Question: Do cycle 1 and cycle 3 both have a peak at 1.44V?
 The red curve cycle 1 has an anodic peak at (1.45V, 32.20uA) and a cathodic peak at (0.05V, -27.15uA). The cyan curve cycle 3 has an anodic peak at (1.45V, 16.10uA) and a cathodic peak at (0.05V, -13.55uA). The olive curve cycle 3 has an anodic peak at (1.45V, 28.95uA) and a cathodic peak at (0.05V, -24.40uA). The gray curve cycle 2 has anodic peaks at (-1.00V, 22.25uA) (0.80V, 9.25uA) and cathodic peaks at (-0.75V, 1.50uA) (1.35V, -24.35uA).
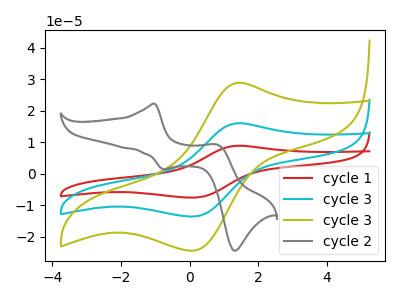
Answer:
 <answer>Yes, "cycle 1" and "cycle 3" share a peak at 1.44V.</answer>
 <eval>match</eval>